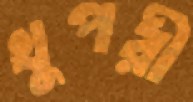
খুপরী